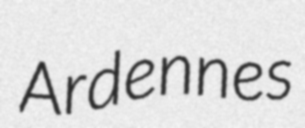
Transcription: Ardennes